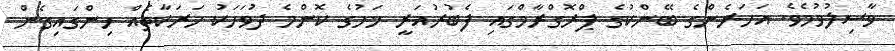
ވާސިލުވުމެވެ. އަހަރެންގެ ބޭންކުގެ ޕްރޮގްރާމްގައި ފެބުރުއަރީ މަހުގެ ކޮންމެ ދުވަހަކު ހަރަކާތެއް ހިންގައިގެން